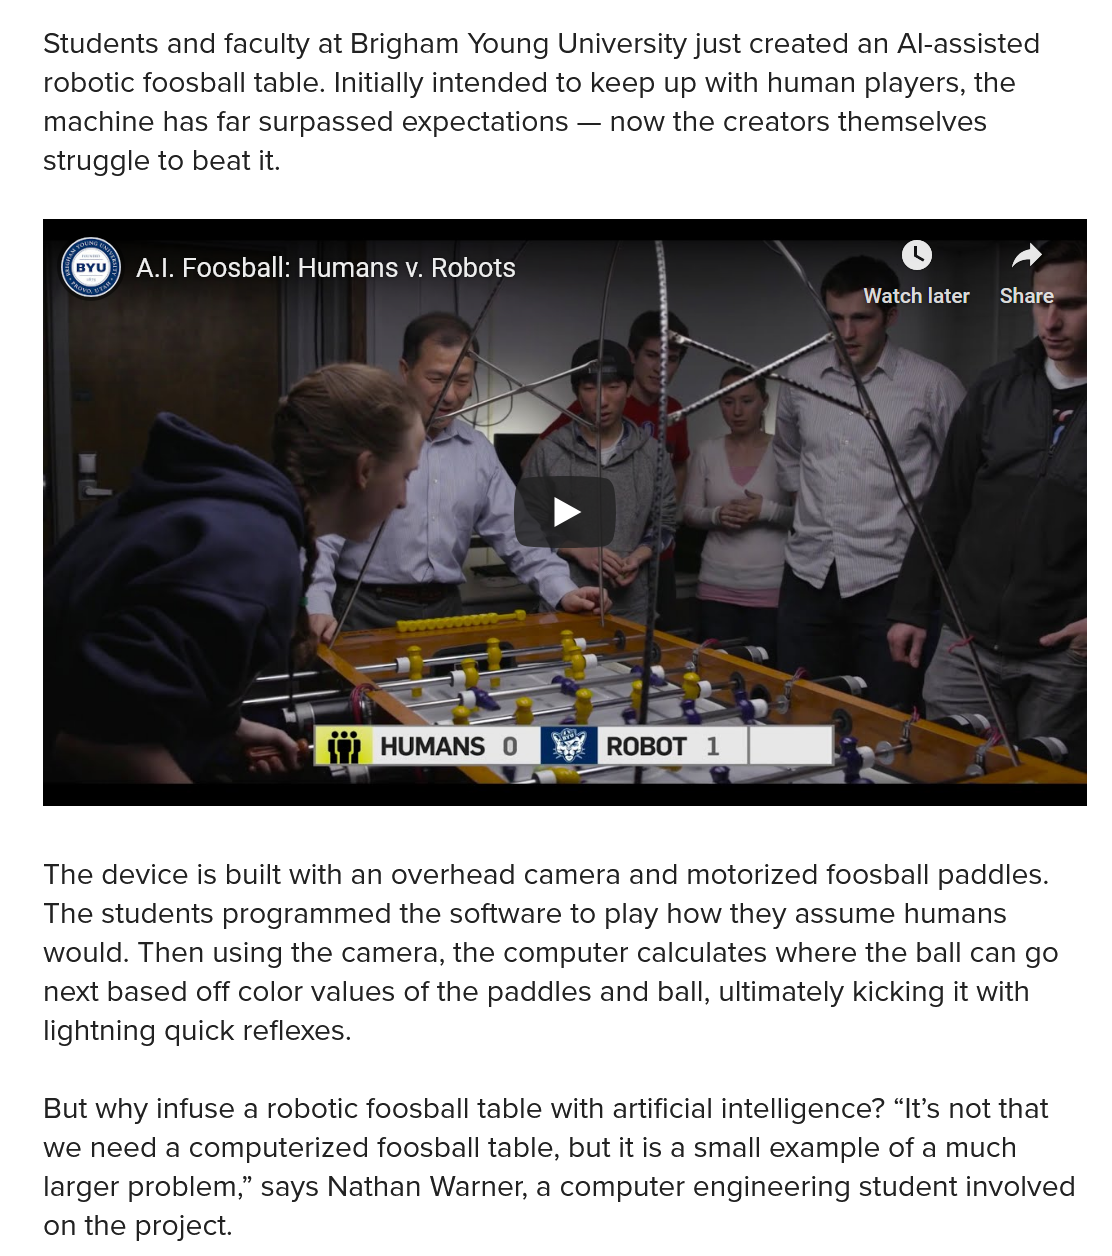
Students and faculty at Brigham Young University just created an Al-assisted
    robotic foosball table. Initially intended to keep up with human players, the
    machine has far surpassed expectations — now the creators themselves
    struggle to beat it.
    The device is built with an overhead camera and motorized foosball paddles.
    The students programmed the software to play how they assume  humans
    would. Then using the camera, the computer calculates where the ball can go
    next based off color values of the paddles and ball, ultimately kicking it with
    lightning quick reflexes.
    But why infuse a robotic foosball table with artificial intelligence? “It’s not that
    we need a computerized  foosball table, but it is a small example of a much
    larger problem,” says Nathan Warner, a computer engineering student involved
    on the project.
     A.|. Foosball: Humans v. Robots @«
     |

     Foosball: Humans v. Robots
     Watch later Share

     ie)  HUMANS   0 [b-@ ROBOT  1  |